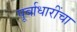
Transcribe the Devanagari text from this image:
पूर्वाधारींचा